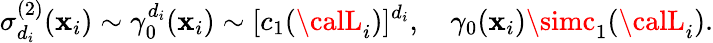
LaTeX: \sigma_{d_{i}}^{(2)}(\mathbf{x}_{i})\sim\gamma_{0}^{d_{i}}(\mathbf{x}_{i})\sim[c_{1}({\calL}_{i})]^{d_{i}},\quad\gamma_{0}(\mathbf{x}_{i})\simc_{1}({\calL}_{i}).